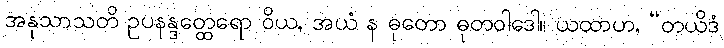
အနုသာသတိ ဥပနန္ဒတ္ထေရော ဝိယ, အယံ န ဓုတော ဓုတဝါဒေါ။ ယထာဟ, “တယိဒံ